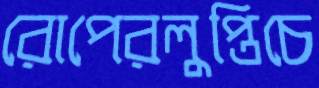
রোপেরলুপ্তিচে